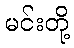
မင်းတို့